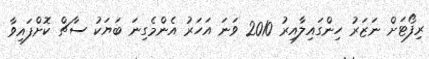
ރިފޯޓަށް ނަޒަރު ހިންގައިލާއިރު 2010 ވަނަ އަހަރު އެންމެގިނަ ބަޔަކު ސާޗް ކޮށްފައިވާ